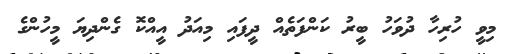
މިވީ ހުރިހާ ދުވަހު ބީރު ކަންފަތެއް ދީފައި މިއަދު އީއްކޮ ގެންދިޔަ މީހުންގެ